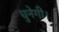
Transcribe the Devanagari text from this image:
चुनेगी।